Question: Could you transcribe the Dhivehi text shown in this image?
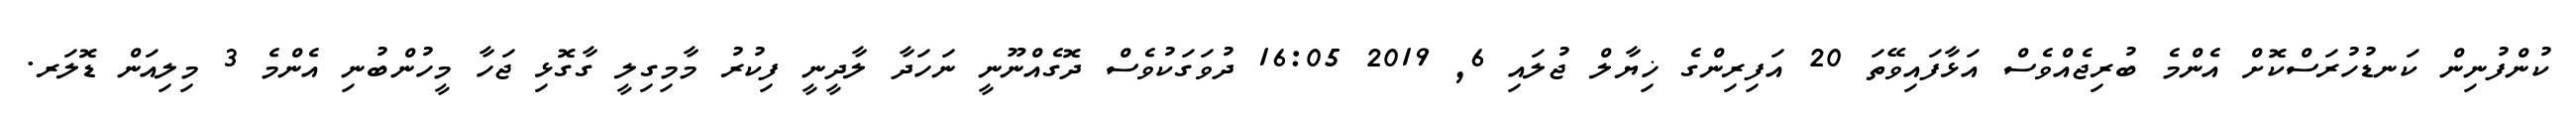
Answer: ކުންފުނިން ކަނޑުހުރަސްކޮށް އެންމެ ބުރިޖެއްވެސް އަޅާފައިވޭތަ 20 އަފިރިންގެ ޚިޔާލް ޖުލައި 6, 2019 16:05 ދުވަގަކުވެސް ދޮގެއްނޫނީ ނަހަދާ ލާދީނީ ފިކުރު މާމިގިލީ ގާގޮޅި ޖަހާ މީހުންބުނި އެންމެ 3 މިލިއަން ޑޮލަރ.